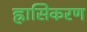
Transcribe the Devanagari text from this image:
ह्रासिकरण